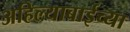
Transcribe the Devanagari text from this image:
अहिल्याबाईच्या